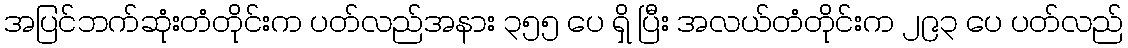
အပြင်ဘက်ဆုံးတံတိုင်းက ပတ်လည်အနား ၃၅၅ ပေ ရှိ ပြီး အလယ်တံတိုင်းက ၂၉၃ ပေ ပတ်လည်